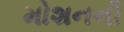
મોશનની